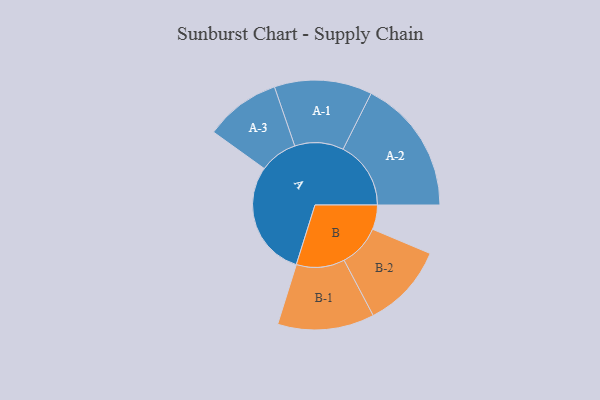
{"axis": {"x": "Segment", "y": "Value"}, "legend": ["", "A", "B"], "data": [{"x": "A", "y": 484, "type": ""}, {"x": "B", "y": 102, "type": ""}, {"x": "A-1", "y": 204, "type": "A"}, {"x": "A-2", "y": 283, "type": "A"}, {"x": "A-3", "y": 158, "type": "A"}, {"x": "B-1", "y": 202, "type": "B"}, {"x": "B-2", "y": 176, "type": "B"}]}